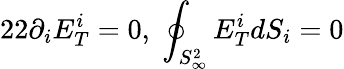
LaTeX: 22\partial_{i}E_{T}^{i}=0,\; \oint_{S_{\infty}^{2}}E_{T}^{i}dS_{i}=0